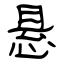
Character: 悬